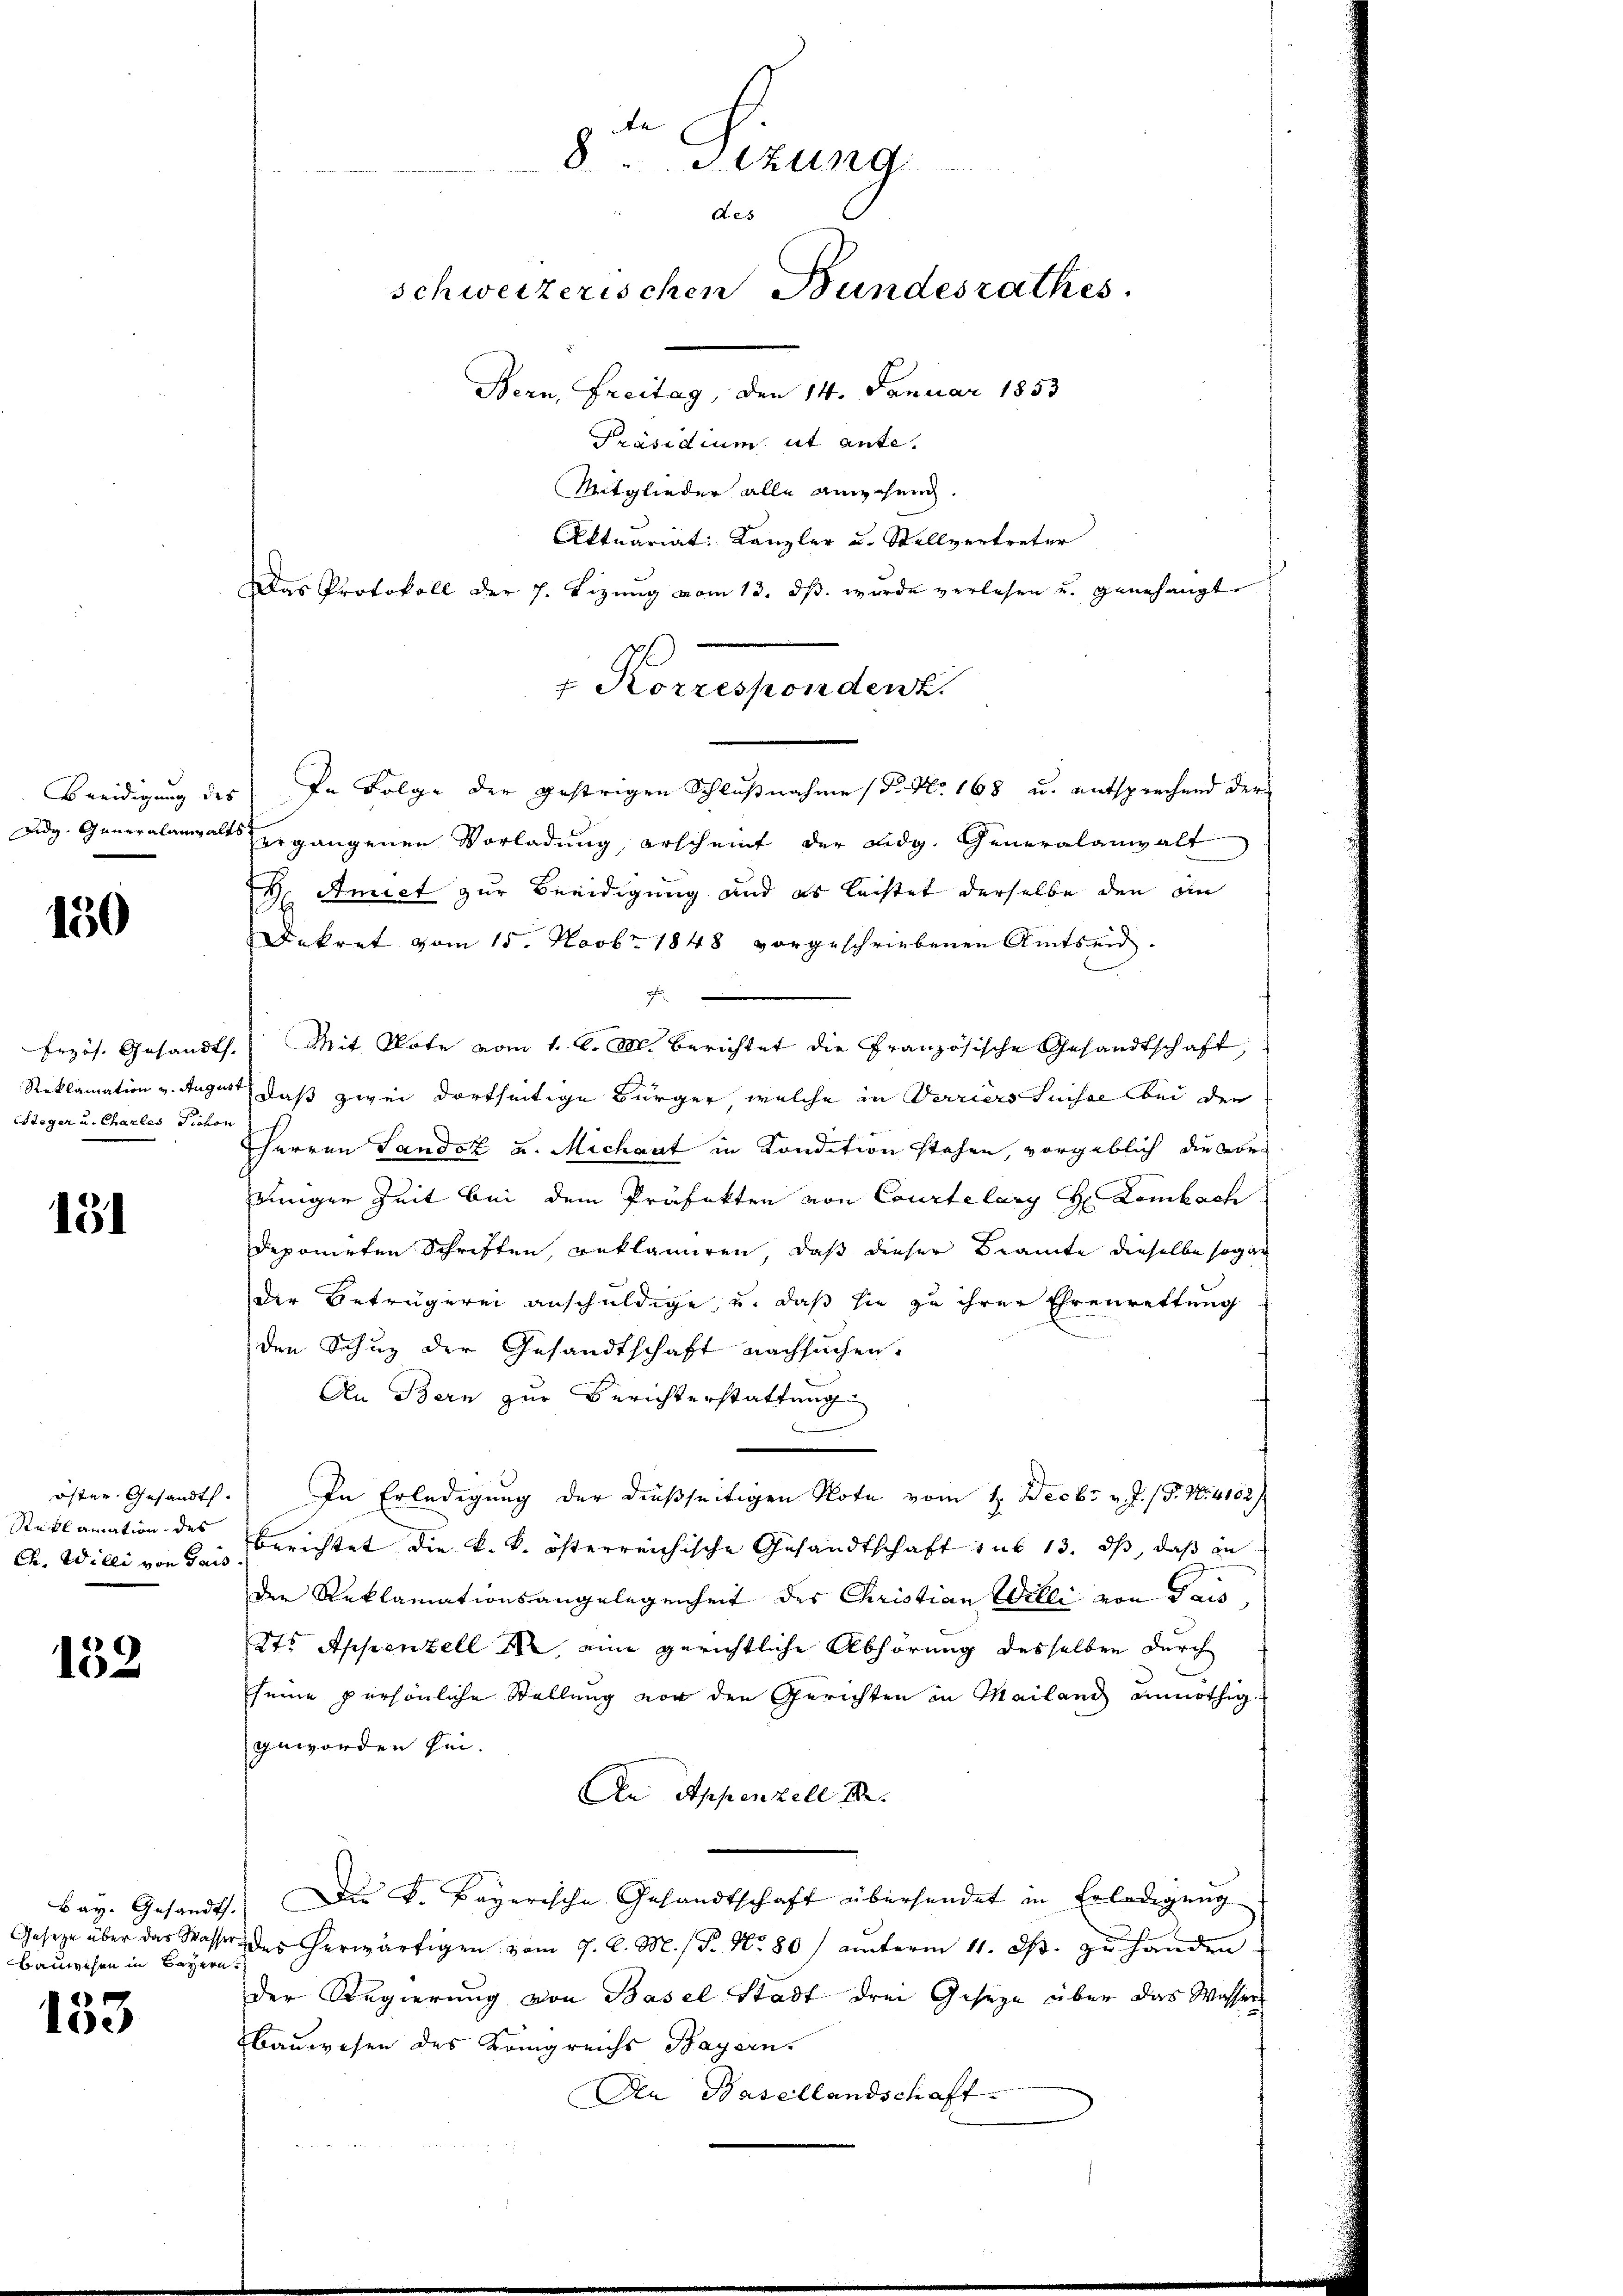
150

Steger u. Charles Tichon

151

öfter Gesandts
Reklamation des
Ch. Willi von Gais

132

Bay. Gesandt
Gesetze über das Wasse
Bauwesen in Bayern

4
100

8Sezung
A.25
schweizerischen Bundesrathes.
Bern, Freitag, den 14. Januar 1853
Präsidium ut ante.
Mitglieder alle angehend.

Aktuariat Kanzler u. Stellvertreter
Das Protokoll der J. Lizŭng vom 13. dβ. wurde verlesen u. genehmigt.

7 Korrespondent.

Beeidigung des In Folge der gestrigen Schlußnahme S. Nr. 168 u. entsprechend der
Aidg. Generalangalt ergangenen Vorladung, erscheint der Eidg. Generalanwalt
H. Amict zur Beeidigung und es leistet derselbe den an
Dekret vom 15. Novbr. 1848 vorgeschriebenen Amtseid.
F
Erzös. Gesandt. Mit Note vom 1. l. M. berichtet die Französische Gesandtschaft,
Reklamation v. Auge, daß zwei dortseitige Bürger, welche in Parriers Suisse bei der
Herren Landot und Michaut in Kondition stehen, vorgeblich die von
jeniger Zeit bei dem Präfekten von Courtelary H Lombach
deponirten Schriften, reklamiren, daß dieser Beamte dieselbe sogar
Der Betrügerei anschuldige, u. daß sie zu ihrer Ehrenrettung
den Schuz der Gesandtschaft nachsuchen.
An Bern zur Berichterstattung
.) In Erledigung der dießseitigen Note vom 1. Decbr. v. J. (T. N. 4152)
berichtet die k. k. österreichische Gesandtschaft sub 13. ds, daß in
der Reklamationsangelegenheit der Christian Willi von Gais,
Kt. Appenzell I. eine gerichtliche Abhörung desselben durch
seine persönliche Stellung vor den Gerichten in Mailand unnöthig
geworden sei.
An Appenzell I.
1) Die k. Bayerische Gesandtschaft übersendet in Erledigung
r des herwärtigen vom 9. d. M. / P. Nr. 80) unterm 11. ds. zu handen
der Regierung von Basel Stadt drei Geseze über das Wasser
Bauwesen des Königreichs Bayern
Den Basellandschaft.